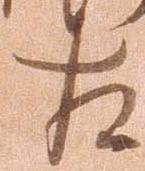
左